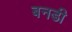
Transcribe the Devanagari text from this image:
बनडी